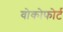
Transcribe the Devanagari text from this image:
वोकोफोर्ट